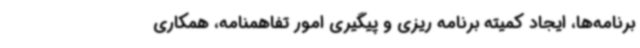
برنامه‌ها، ایجاد کمیته برنامه ریزی و پیگیری امور تفاهمنامه، همکاری